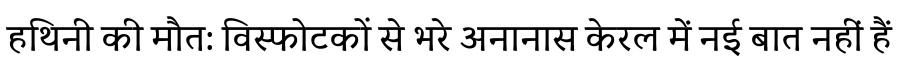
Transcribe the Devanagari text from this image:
हथिनी की मौत: विस्फोटकों से भरे अनानास केरल में नई बात नहीं हैं